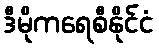
ဒီမိုကရေစီနိုင်ငံ